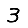
Digit: 3